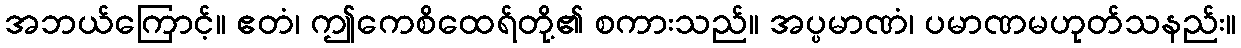
အဘယ်ကြောင့်။ ဧတံ၊ ဤကေစိထေရ်တို့၏ စကားသည်။ အပ္ပမာဏံ၊ ပမာဏမဟုတ်သနည်း။